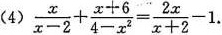
（4）$$ \frac { x } { x - 2 } + \frac { x + 6 } { 4 - x } _ {2 } = \frac { 2 x } { x + 2 } - 1$$